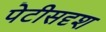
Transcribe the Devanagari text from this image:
पेटीसदृश